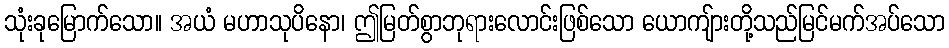
သုံးခုမြောက်သော။ အယံ မဟာသုပိနော၊ ဤမြတ်စွာဘုရားလောင်းဖြစ်သော ယောကျ်ားတို့သည်မြင်မက်အပ်သော